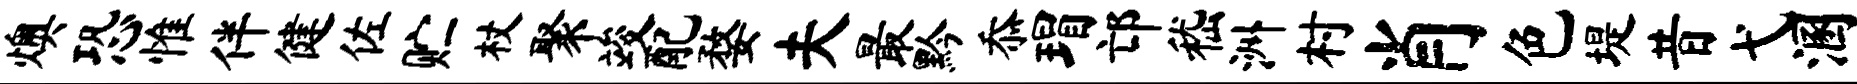
燠恐惟伴健佐贮杖聚竣配婺夫最黔忝瑁邙嵇洲村肖色堤昔弋溷